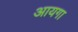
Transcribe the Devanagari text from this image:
आयगा